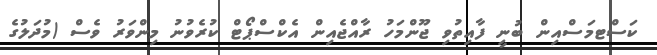
ކަސްޓމަސްއިން ބުނީ ފާއިތުވި ޖޫންމަހު ރާއްޖެއިން އެކްސްޕޯޓް ކުރެވުނު މިންވަރު ވެސް (މުދަލުގެ